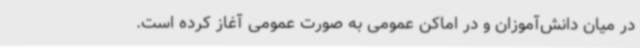
در میان دانش‌آموزان و در اماکن عمومی به صورت عمومی آغاز کرده است.